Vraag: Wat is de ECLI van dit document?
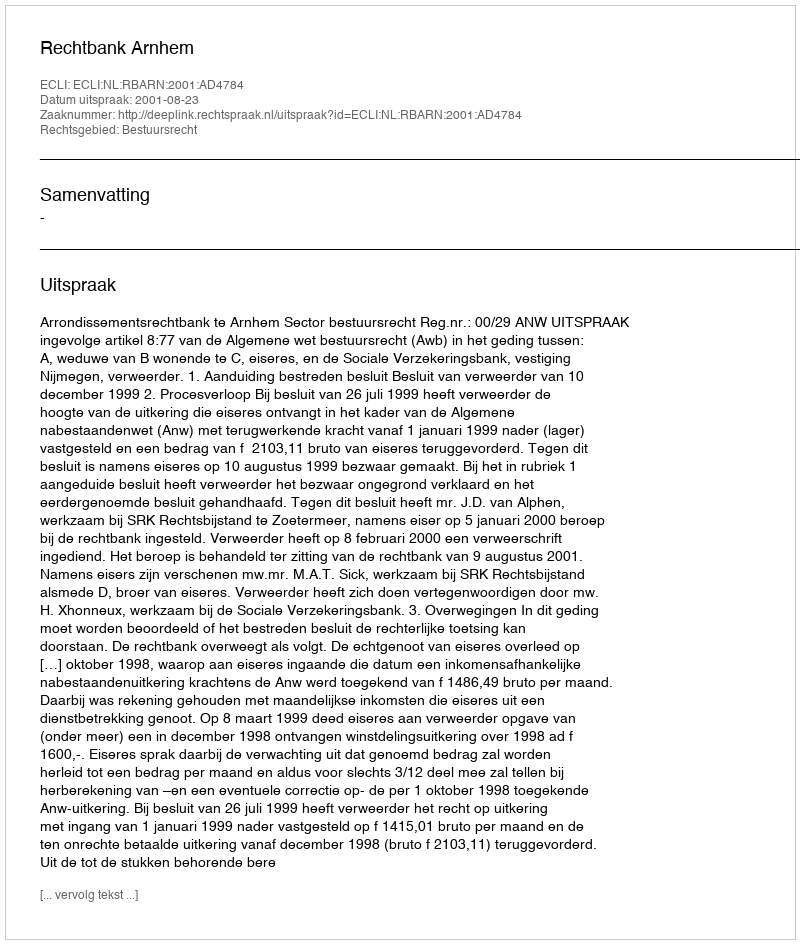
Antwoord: ECLI:NL:RBARN:2001:AD4784